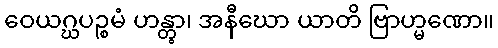
ဝေယဂ္ဃပဉ္စမံ ဟန္တွာ၊ အနီဃော ယာတိ ဗြာဟ္မဏော။